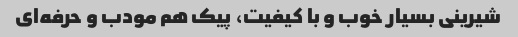
شیرینی بسیار خوب و با کیفیت، پیک هم مودب و حرفه‌ای